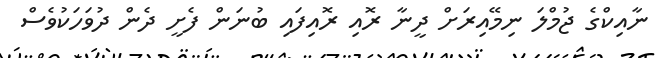
ނާއިކްގެ ޖުމްލަ ނިމޭއިރަށް ދީނާ ރޮއި ރޮއިފައި ބުނަން ފެށީ ދެން ދުވަހަކުވެސް